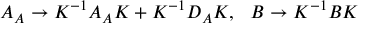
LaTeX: A _ { A } \to K ^ { - 1 } A _ { A } K + K ^ { - 1 } D _ { A } K , ~ ~ B \to K ^ { - 1 } B K